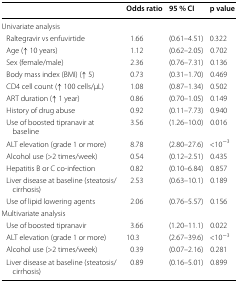
<table><thead><tr><td></td><td><b>Odds ratio</b></td><td><b>95 % CI</b></td><td><b>p value</b></td></tr></thead><tbody><tr><td colspan="4">Univariate analysis</td></tr><tr><td> Raltegravir vs enfuvirtide</td><td>1.66</td><td>(0.61–4.51)</td><td>0.322</td></tr><tr><td> Age (↑ 10 years)</td><td>1.12</td><td>(0.62–2.05)</td><td>0.702</td></tr><tr><td> Sex (female/male)</td><td>2.36</td><td>(0.76–7.31)</td><td>0.136</td></tr><tr><td> Body mass index (BMI) (↑ 5)</td><td>0.73</td><td>(0.31–1.70)</td><td>0.469</td></tr><tr><td> CD4 cell count (↑ 100 cells/μL)</td><td>1.08</td><td>(0.87–1.34)</td><td>0.502</td></tr><tr><td> ART duration (↑ 1 year)</td><td>0.86</td><td>(0.70–1.05)</td><td>0.149</td></tr><tr><td> History of drug abuse</td><td>0.92</td><td>(0.11–7.73)</td><td>0.940</td></tr><tr><td> Use of boosted tipranavir at baseline</td><td>3.56</td><td>(1.26–10.0)</td><td>0.016</td></tr><tr><td> ALT elevation (grade 1 or more)</td><td>8.78</td><td>(2.80–27.6)</td><td>&lt;10<sup>−3</sup></td></tr><tr><td> Alcohol use (&gt;2 times/week)</td><td>0.54</td><td>(0.12–2.51)</td><td>0.435</td></tr><tr><td> Hepatitis B or C co-infection</td><td>0.82</td><td>(0.10–6.84)</td><td>0.857</td></tr><tr><td> Liver disease at baseline (steatosis/cirrhosis)</td><td>2.53</td><td>(0.63–10.1)</td><td>0.189</td></tr><tr><td> Use of lipid lowering agents</td><td>2.06</td><td>(0.76–5.57)</td><td>0.156</td></tr><tr><td colspan="4">Multivariate analysis</td></tr><tr><td> Use of boosted tipranavir</td><td>3.66</td><td>(1.20–11.1)</td><td>0.022</td></tr><tr><td> ALT elevation (grade 1 or more)</td><td>10.3</td><td>(2.67–39.6)</td><td>&lt;10<sup>−3</sup></td></tr><tr><td> Alcohol use (&gt;2 times/week)</td><td>0.39</td><td>(0.07–2.16)</td><td>0.281</td></tr><tr><td> Liver disease at baseline (steatosis/cirrhosis)</td><td>0.89</td><td>(0.16–5.01)</td><td>0.899</td></tr></tbody></table>